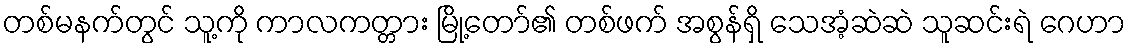
တစ်မနက်တွင် သူ့ကို ကာလကတ္တား မြို့တော်၏ တစ်ဖက် အစွန်ရှိ သေအံ့ဆဲဆဲ သူဆင်းရဲ ဂေဟာ